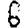
Digit: 6